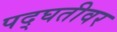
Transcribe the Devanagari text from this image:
पद्घतीवर